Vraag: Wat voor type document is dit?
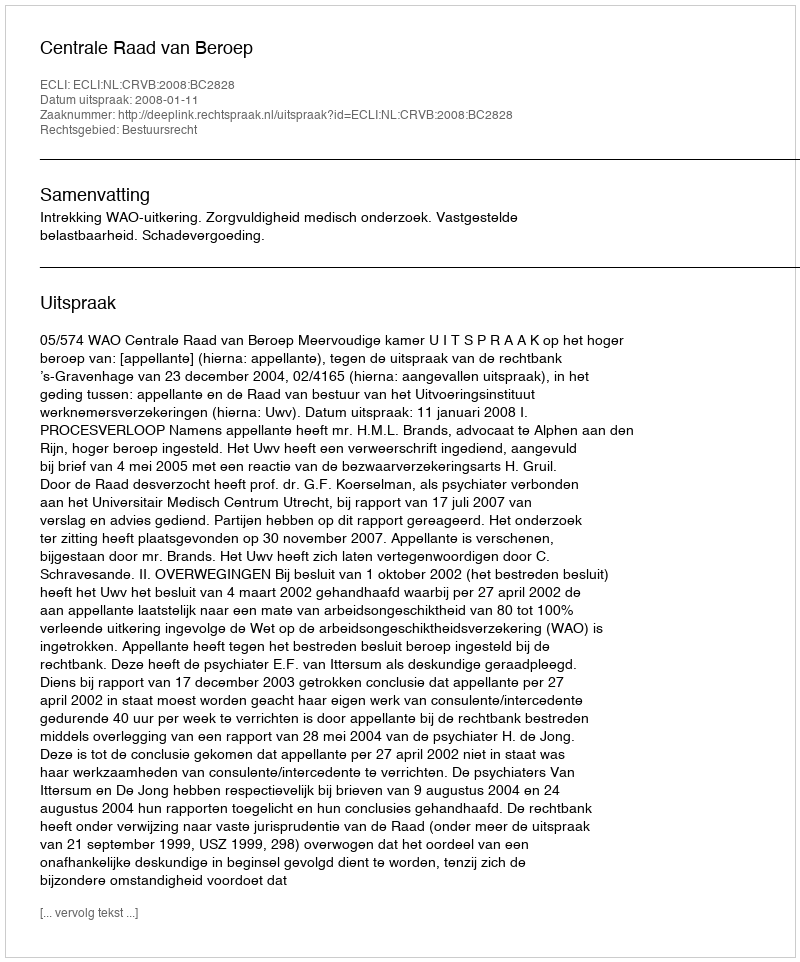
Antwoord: Uitspraak